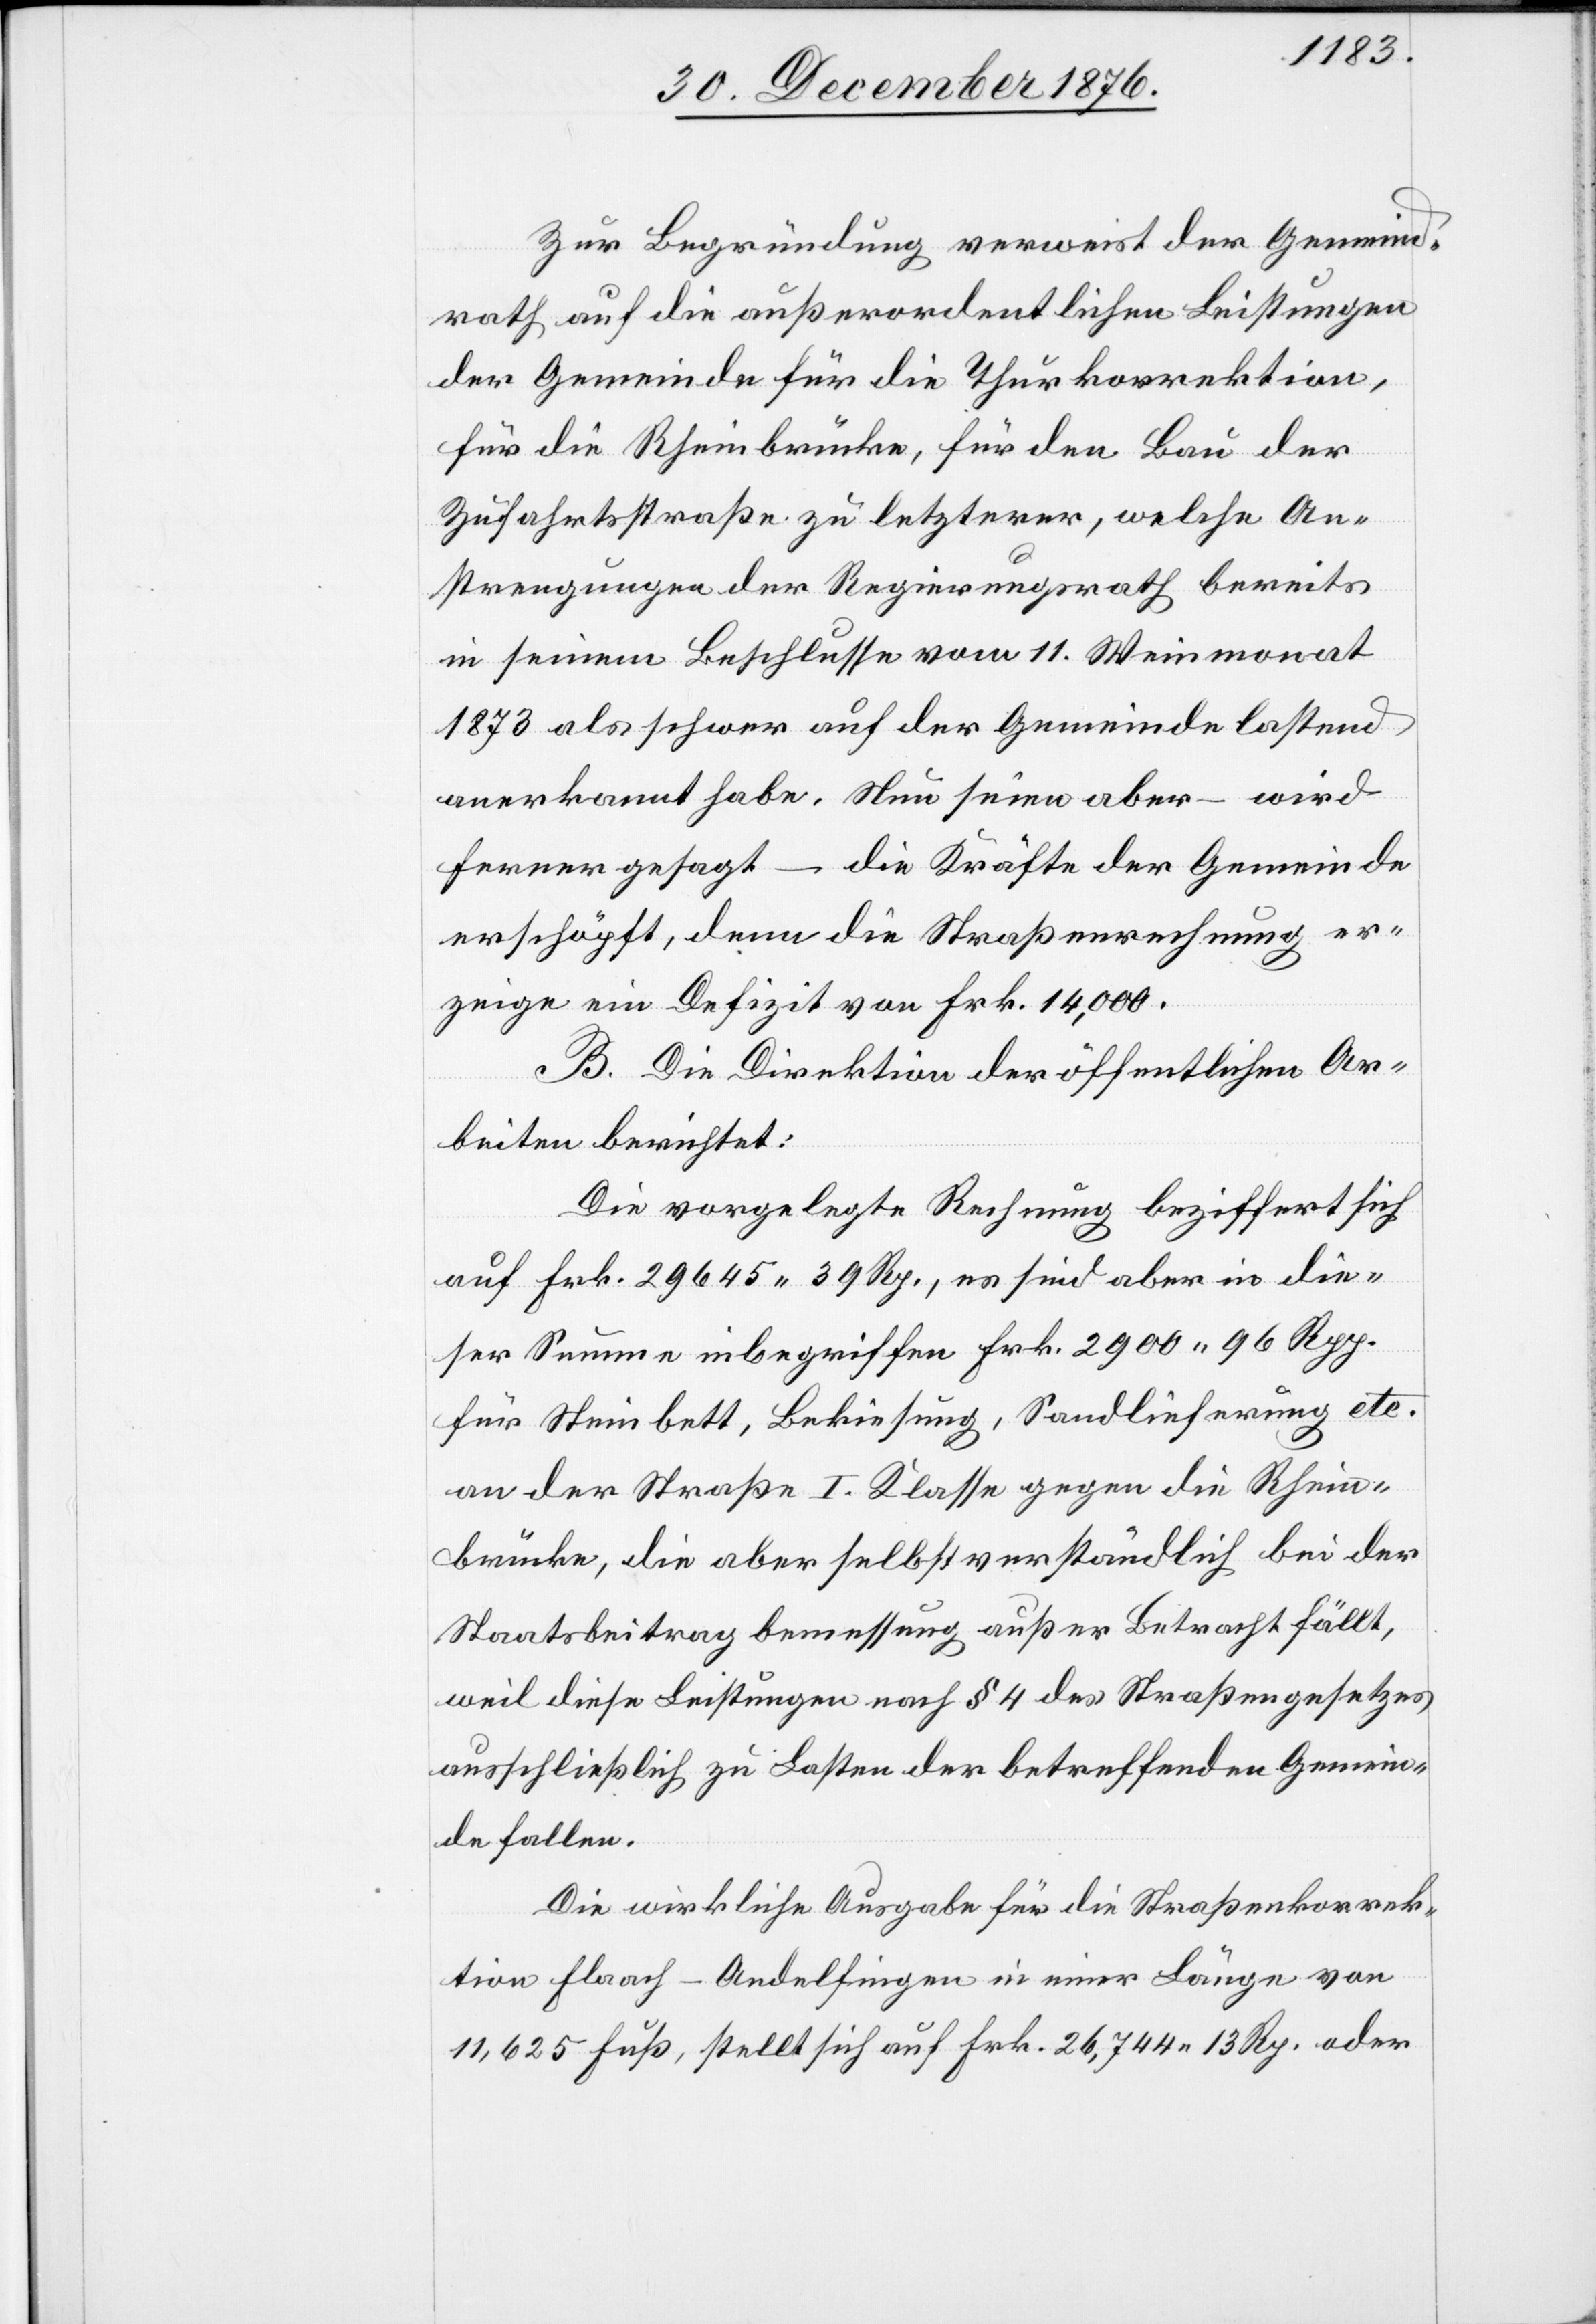
Zur Begründung verweist der Gemeind¬
rath auf die außerordentlichen Leistungen
der Gemeinde für die Thurkorrektion,
für die Rheinbrücke, für den Bau der
Zufahrtsstraße zu letzterer, welche An¬
strengungen der Regierungsrath bereits
in seinem Beschlusse vom 11. Weinmonat
1873 als schwer auf der Gemeinde lastend
anerkannt habe. Neu seien aber – wird
ferner gesagt – die Kräfte der Gemeinde
erschöpft, denn die Straßenrechnung er¬
zeige ein Defizit von Frk. 14,000.
B. Die Direktion der öffentlichen Ar¬
beiten berichtet:
Die vorgelegte Rechnung beziffert sich
auf Frk. 29645 39 Rp., es sind aber in die¬
ser Summe inbegriffen Frk. 2900 96 Rpp.
für Steinbett, Bekiesung, Sandlieferung etc.
an der Straße I. Klasse gegen die Rhein¬
brücke, die aber selbstverständlich bei der
Staatsbeitragbemessung außer Betracht fällt,
weil diese Leistungen nach § 4 des Straßengesetzes
ausschließlich zu Lasten der betreffenden Gemein¬
de fallen.
Die wirkliche Ausgabe für die Straßenkorrek¬
tion Flaach–Andelfingen in einer Länge von
11,625 Fuß, stellt sich auf Frk. 26,744 13 Rp. oder